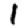
Digit: 1